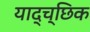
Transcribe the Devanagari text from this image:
याद्च्छिक